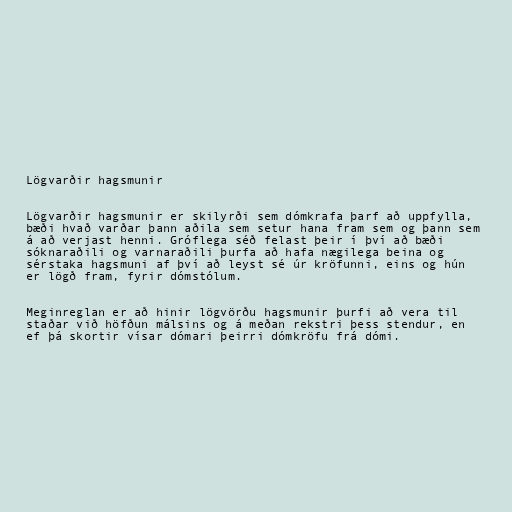
Lögvarðir hagsmunir

Lögvarðir hagsmunir er skilyrði sem dómkrafa þarf að uppfylla,
bæði hvað varðar þann aðila sem setur hana fram sem og þann sem
á að verjast henni. Gróflega séð felast þeir í því að bæði
sóknaraðili og varnaraðili þurfa að hafa nægilega beina og
sérstaka hagsmuni af því að leyst sé úr kröfunni, eins og hún
er lögð fram, fyrir dómstólum.

Meginreglan er að hinir lögvörðu hagsmunir þurfi að vera til
staðar við höfðun málsins og á meðan rekstri þess stendur, en
ef þá skortir vísar dómari þeirri dómkröfu frá dómi.